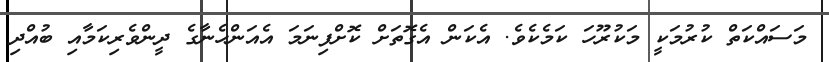
މަސައްކަތް ކުރުމަކީ މަކުރޫހަ ކަމެކެވެ. އެކަން އެގޮތަށް ކޮށްފިނަމަ އެއަންހެނާގެ ދީންވެރިކަމާއި ބުއްދި